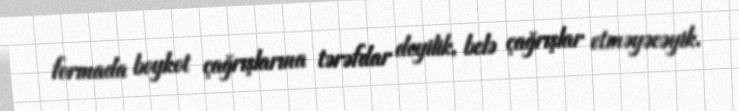
formada boykot çağrışlarına tərəfdar deyilik, belə çağrışlar etməyəcəyik.